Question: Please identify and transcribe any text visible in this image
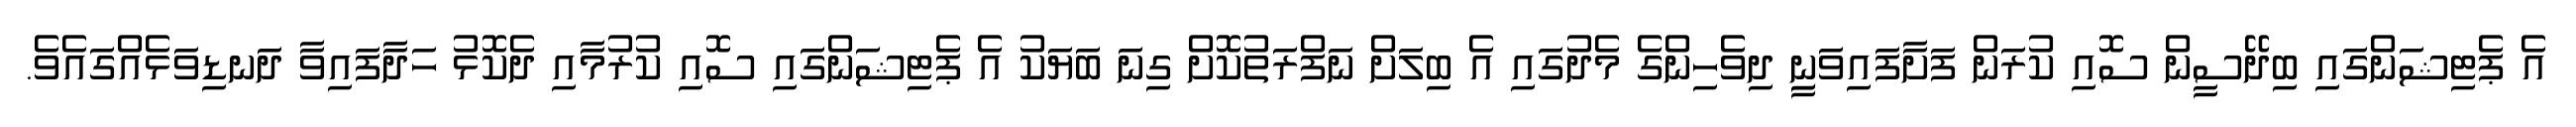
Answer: އެ ޕެޓިޝަންގައި ބިދޭސީން ސޮއި ކުރަން ފަށާފައިވަނިީ ދިވެހިންގެ މެދުގައި އެ ބިލަށް ނަފްރަތުކޮށް ގިނަ ބަޔަކު އެ ޕެޓިޝަންގައި ސޮއި ކުރުމާއި ދެކޮޅު ހަދާފައިވާ ދަނޑިވަޅެއްގައެވެ.